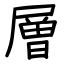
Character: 層